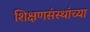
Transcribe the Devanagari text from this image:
शिक्षणसंस्थांच्या